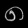
Digit: ၈